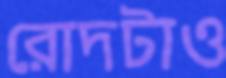
রোদটাও